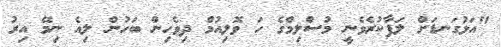
"އަޅުގަނޑަށް ލަފާކުރެވެނީ މުސްލިމްގެ ހަ ވޮލިއުމް ދިވެހިން ބަހުން ލިއެ ނިމޭ އިރު